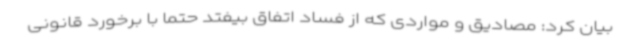
بیان کرد: مصادیق و مواردی که از فساد اتفاق بیفتد حتما با برخورد قانونی